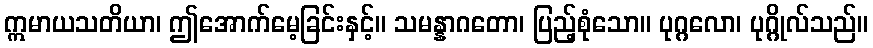
ဣမာယသတိယာ၊ ဤအောက်မေ့ခြင်းနှင့်။ သမန္နာဂတော၊ ပြည့်စုံသော။ ပုဂ္ဂလော၊ ပုဂ္ဂိုလ်သည်။